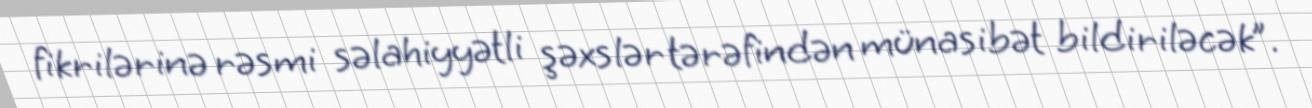
fikrilərinə rəsmi səlahiyyətli şəxslər tərəfindən münasibət bildiriləcək”.